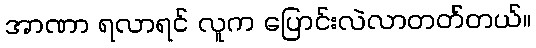
အာဏာ ရလာရင် လူက ပြောင်းလဲလာတတ်တယ်။